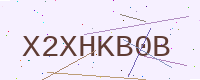
Text: X2XHKB0B